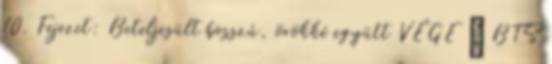
10. Fejezet: Beteljesült bosszú, örökké együtt VÉGE ♥ BTS